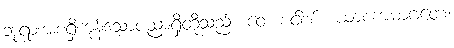
ဘုရားအစရှိကုန်သောပညာရှိတို့သည်။ ဝေ၊ စင်စစ်။ ယာစကမာဂတေ၊